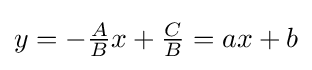
y=-{\tfrac {A}{B}}x+{\tfrac {C}{B}}=ax+b